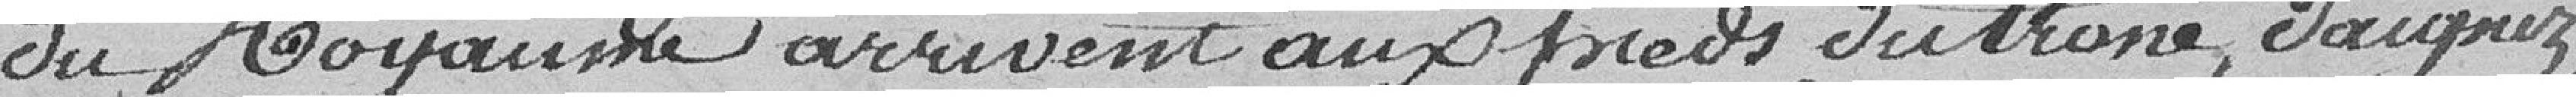
du Royaume arrivent aux pieds du trône, daignez,